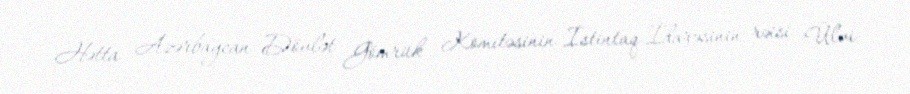
Hətta Azərbaycan Dövlət Gömrük Komitəsinin İstintaq İdarəsinin rəisi Ülvi